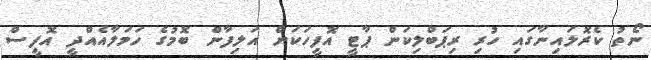
ނޯތު ކެރޮލައިނާގައި ހުރި ރިޕަބްލިކަން ޕާޓީ އޮފީހަކަށް އަލިފާން ބޮމުގެ ހަމަލާއެއްދީ އޮފީސް